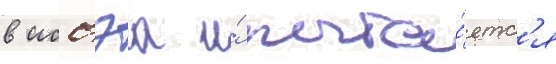
в иссэа и́ пыта́етс'я